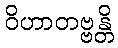
ဝိဟာတဗ္ဗန္တိ